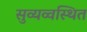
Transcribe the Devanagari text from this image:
सुव्यव्वस्थित